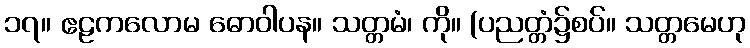
၁၇။ ဧဠကလောမ ဓောဝါပန။ သတ္တမံ၊ ကို။ (ပညတ္တံ၌စပ်။ သတ္တမေဟု